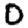
Digit: 0